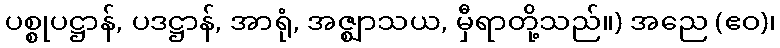
ပစ္စုပဋ္ဌာန်, ပဒဋ္ဌာန်, အာရုံ, အဇ္ဈာသယ, မှီရာတို့သည်။) အညေ (ဧဝ)၊